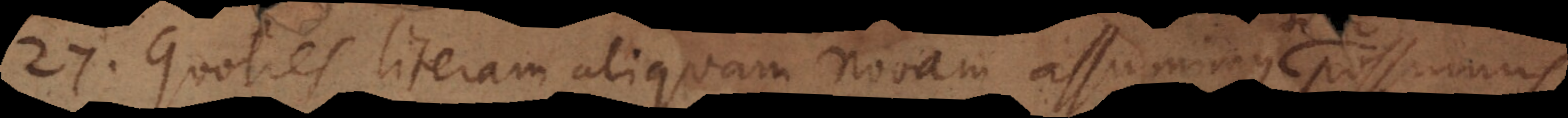
27) Quoties literam aliquam novam assumimus, possumus